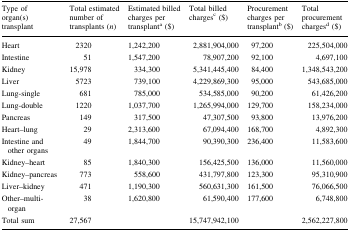
| Type of organ(s) transplant | Total estimated number of transplants (n) | Estimated billed charges per transplanta ($) | Total billed chargesc ($) | Procurement charges per transplantb ($) | Total procurement chargesd ($) |
 | --- | --- | --- | --- | --- | --- |
 | Heart | 2320 | 1,242,200 | 2,881,904,000 | 97,200 | 225,504,000 |
 | Intestine | 51 | 1,547,200 | 78,907,200 | 92,100 | 4,697,100 |
 | Kidney | 15,978 | 334,300 | 5,341,445,400 | 84,400 | 1,348,543,200 |
 | Liver | 5723 | 739,100 | 4,229,869,300 | 95,000 | 543,685,000 |
 | Lung-single | 681 | 785,000 | 534,585,000 | 90,200 | 61,426,200 |
 | Lung-double | 1220 | 1,037,700 | 1,265,994,000 | 129,700 | 158,234,000 |
 | Pancreas | 149 | 317,500 | 47,307,500 | 93,800 | 13,976,200 |
 | Heart–lung | 29 | 2,313,600 | 67,094,400 | 168,700 | 4,892,300 |
 | Intestine and other organs | 49 | 1,844,700 | 90,390,300 | 236,400 | 11,583,600 |
 | Kidney–heart | 85 | 1,840,300 | 156,425,500 | 136,000 | 11,560,000 |
 | Kidney–pancreas | 773 | 558,600 | 431,797,800 | 123,300 | 95,310,900 |
 | Liver–kidney | 471 | 1,190,300 | 560,631,300 | 161,500 | 76,066,500 |
 | Other–multi-organ | 38 | 1,620,800 | 61,590,400 | 177,600 | 6,748,800 |
 | Total sum | 27,567 |  | 15,747,942,100 |  | 2,562,227,800 |